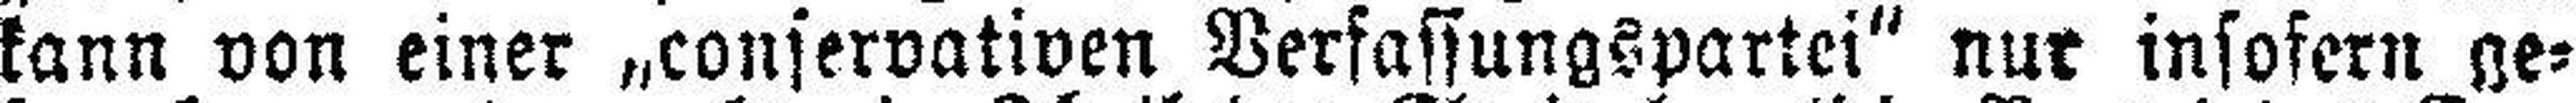
kann von einer „conservativen Verfassungspartei“ nur insofern ge¬